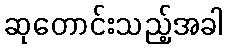
ဆုတောင်းသည့်အခါ